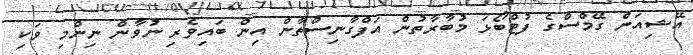
އޭޝިއަން ގޭމްސްގެ ފުޓްބޯޅަ މުބާރާތުން އަފްގާނިސްތާން އިން ބައިވެރި ނުވާން ނިންމި ވަކި